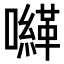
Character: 𡃈